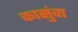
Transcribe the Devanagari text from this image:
कासुंवा